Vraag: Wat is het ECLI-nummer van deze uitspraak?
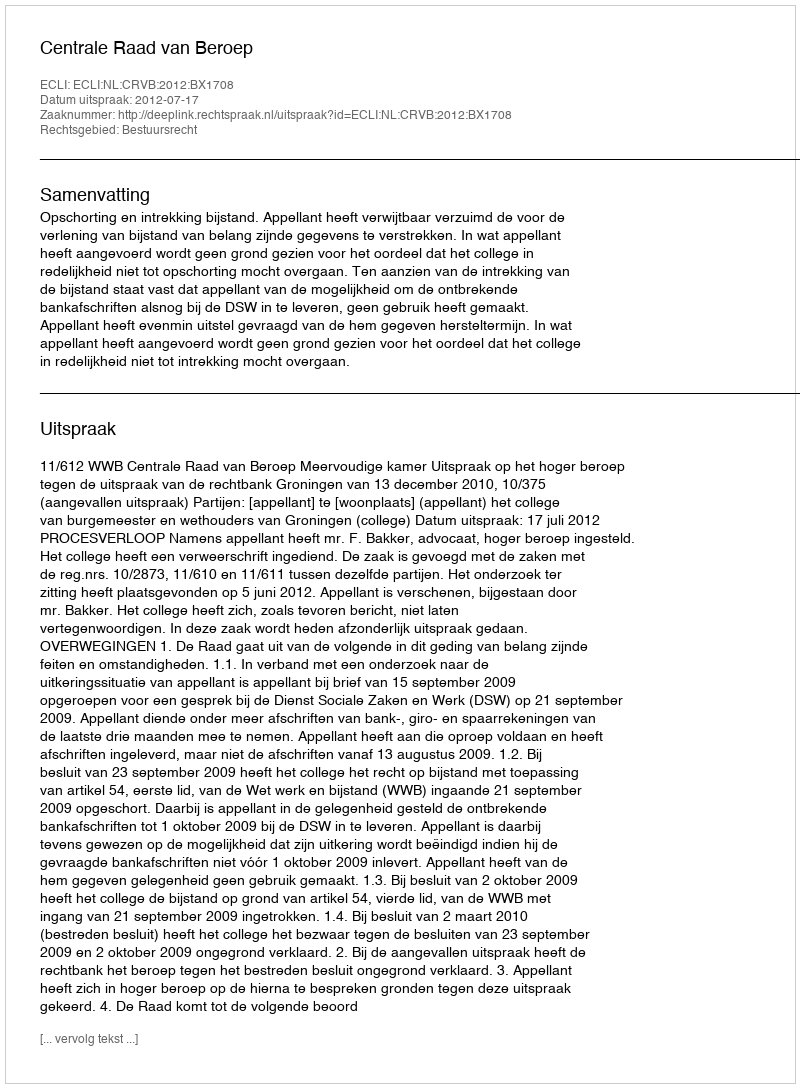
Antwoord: ECLI:NL:CRVB:2012:BX1708